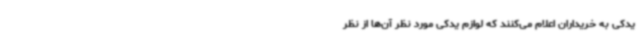
یدکی به خریداران اعلام می‌کنند که لوازم یدکی مورد نظر آن‌ها از نظر